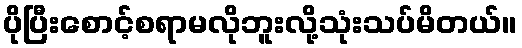
ပိုပြီးစောင့်စရာမလိုဘူးလို့သုံးသပ်မိတယ်။